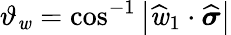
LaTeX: \vartheta_{\mathit{w}}=\cos^{-1}\left|\widehat{{\mathbf{{\mathit{w}}}}}_{1}\cdot\widehat{{\boldsymbol{\sigma}}}\right|